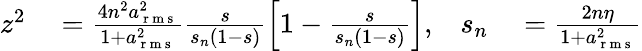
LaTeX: \begin{array}{rlrl}{z^{2}}&{{}=\frac{4n^{2}a_{\mathrm{~r~m~s~}}^{2}}{1+a_{\mathrm{~r~m~s~}}^{2}}\frac{s}{s_{n}(1-s)}\left[1-\frac{s}{s_{n}(1-s)}\right],}&{s_{n}}&{{}=\frac{2n\eta}{1+a_{\mathrm{~r~m~s~}}^{2}}}\end{array}